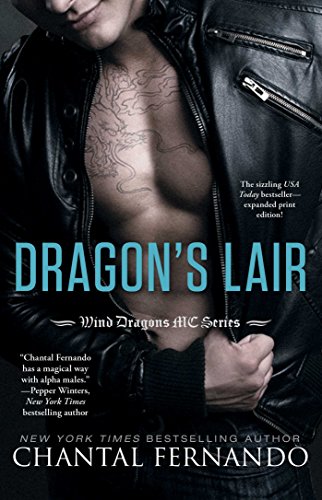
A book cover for Dragon's Lair (Wind Dragons Motorcycle Club); Chantal Fernando; Romance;